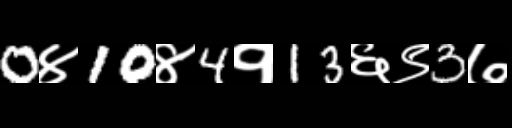
Text: 0४10४4१13६९3७